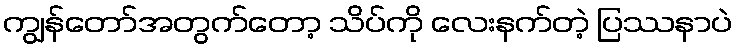
ကျွန်တော်အတွက်တော့ သိပ်ကို လေးနက်တဲ့ ပြဿနာပဲ